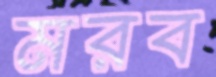
মরব